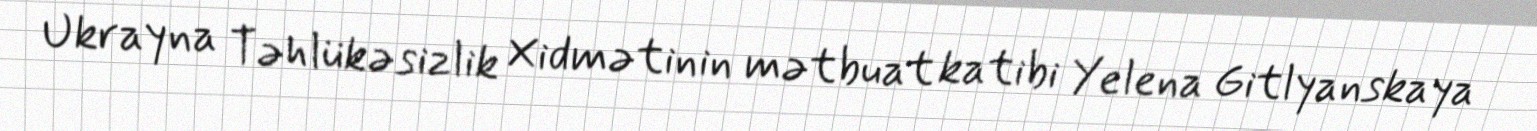
Ukrayna Təhlükəsizlik Xidmətinin mətbuat katibi Yelena Gitlyanskaya